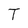
Character: T